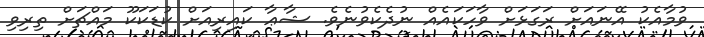
ވުމާއެކު އޭނައަށް ރަގަޅަށް ވާހަކައެއް ނުދެކެވުނެވެ. ޝާޢާ ކައިރިއަށް ކުޑަކަކޫ މައްޗަށް ތިރިވި